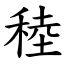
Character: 稑